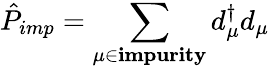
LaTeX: \hat{P}_{imp}=\sum_{\mu\in\textbf{impurity}}d_{\mu}^{\dagger}d_{\mu}